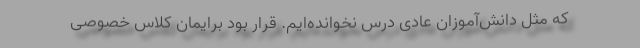
که مثل دانش‌آموزان عادی درس نخوانده‌ایم. قرار بود برایمان کلاس خصوصی